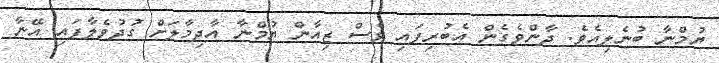
ޔުމްނާ ބުނެލިއެވެ. ދާންވެގެން އެބުރިފައި ވެސް ޒިއާން ޔުމްނާ އާދިމާލަށް ގުދުވެލާފައި އޭނާ